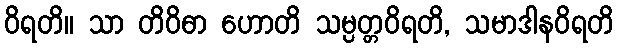
ဝိရတိ။ သာ တိဝိဓာ ဟောတိ သမ္ပတ္တဝိရတိ, သမာဒါနဝိရတိ